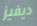
ديفيز